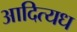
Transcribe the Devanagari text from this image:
आदित्यध